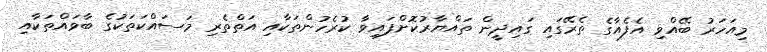
މިއަހަރު ބޭއްވި އެފެއާގެ ތެރޭގައި ގައިދީން ތައްޔާރުކޮށްފައިވާ ކުރެހުންތަކާއި އަތްތެރި މަސައްކަތަކުގެ ބާވައްތަކާއި